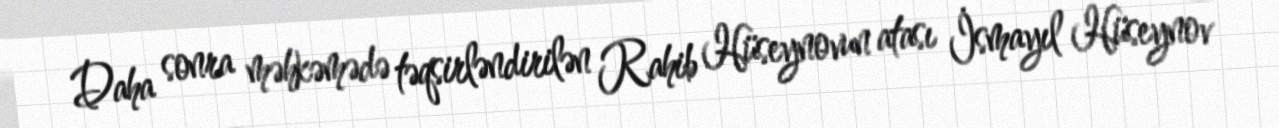
Daha sonra məhkəmədə təqsirləndirilən Rahib Hüseynovun atası İsmayıl Hüseynov